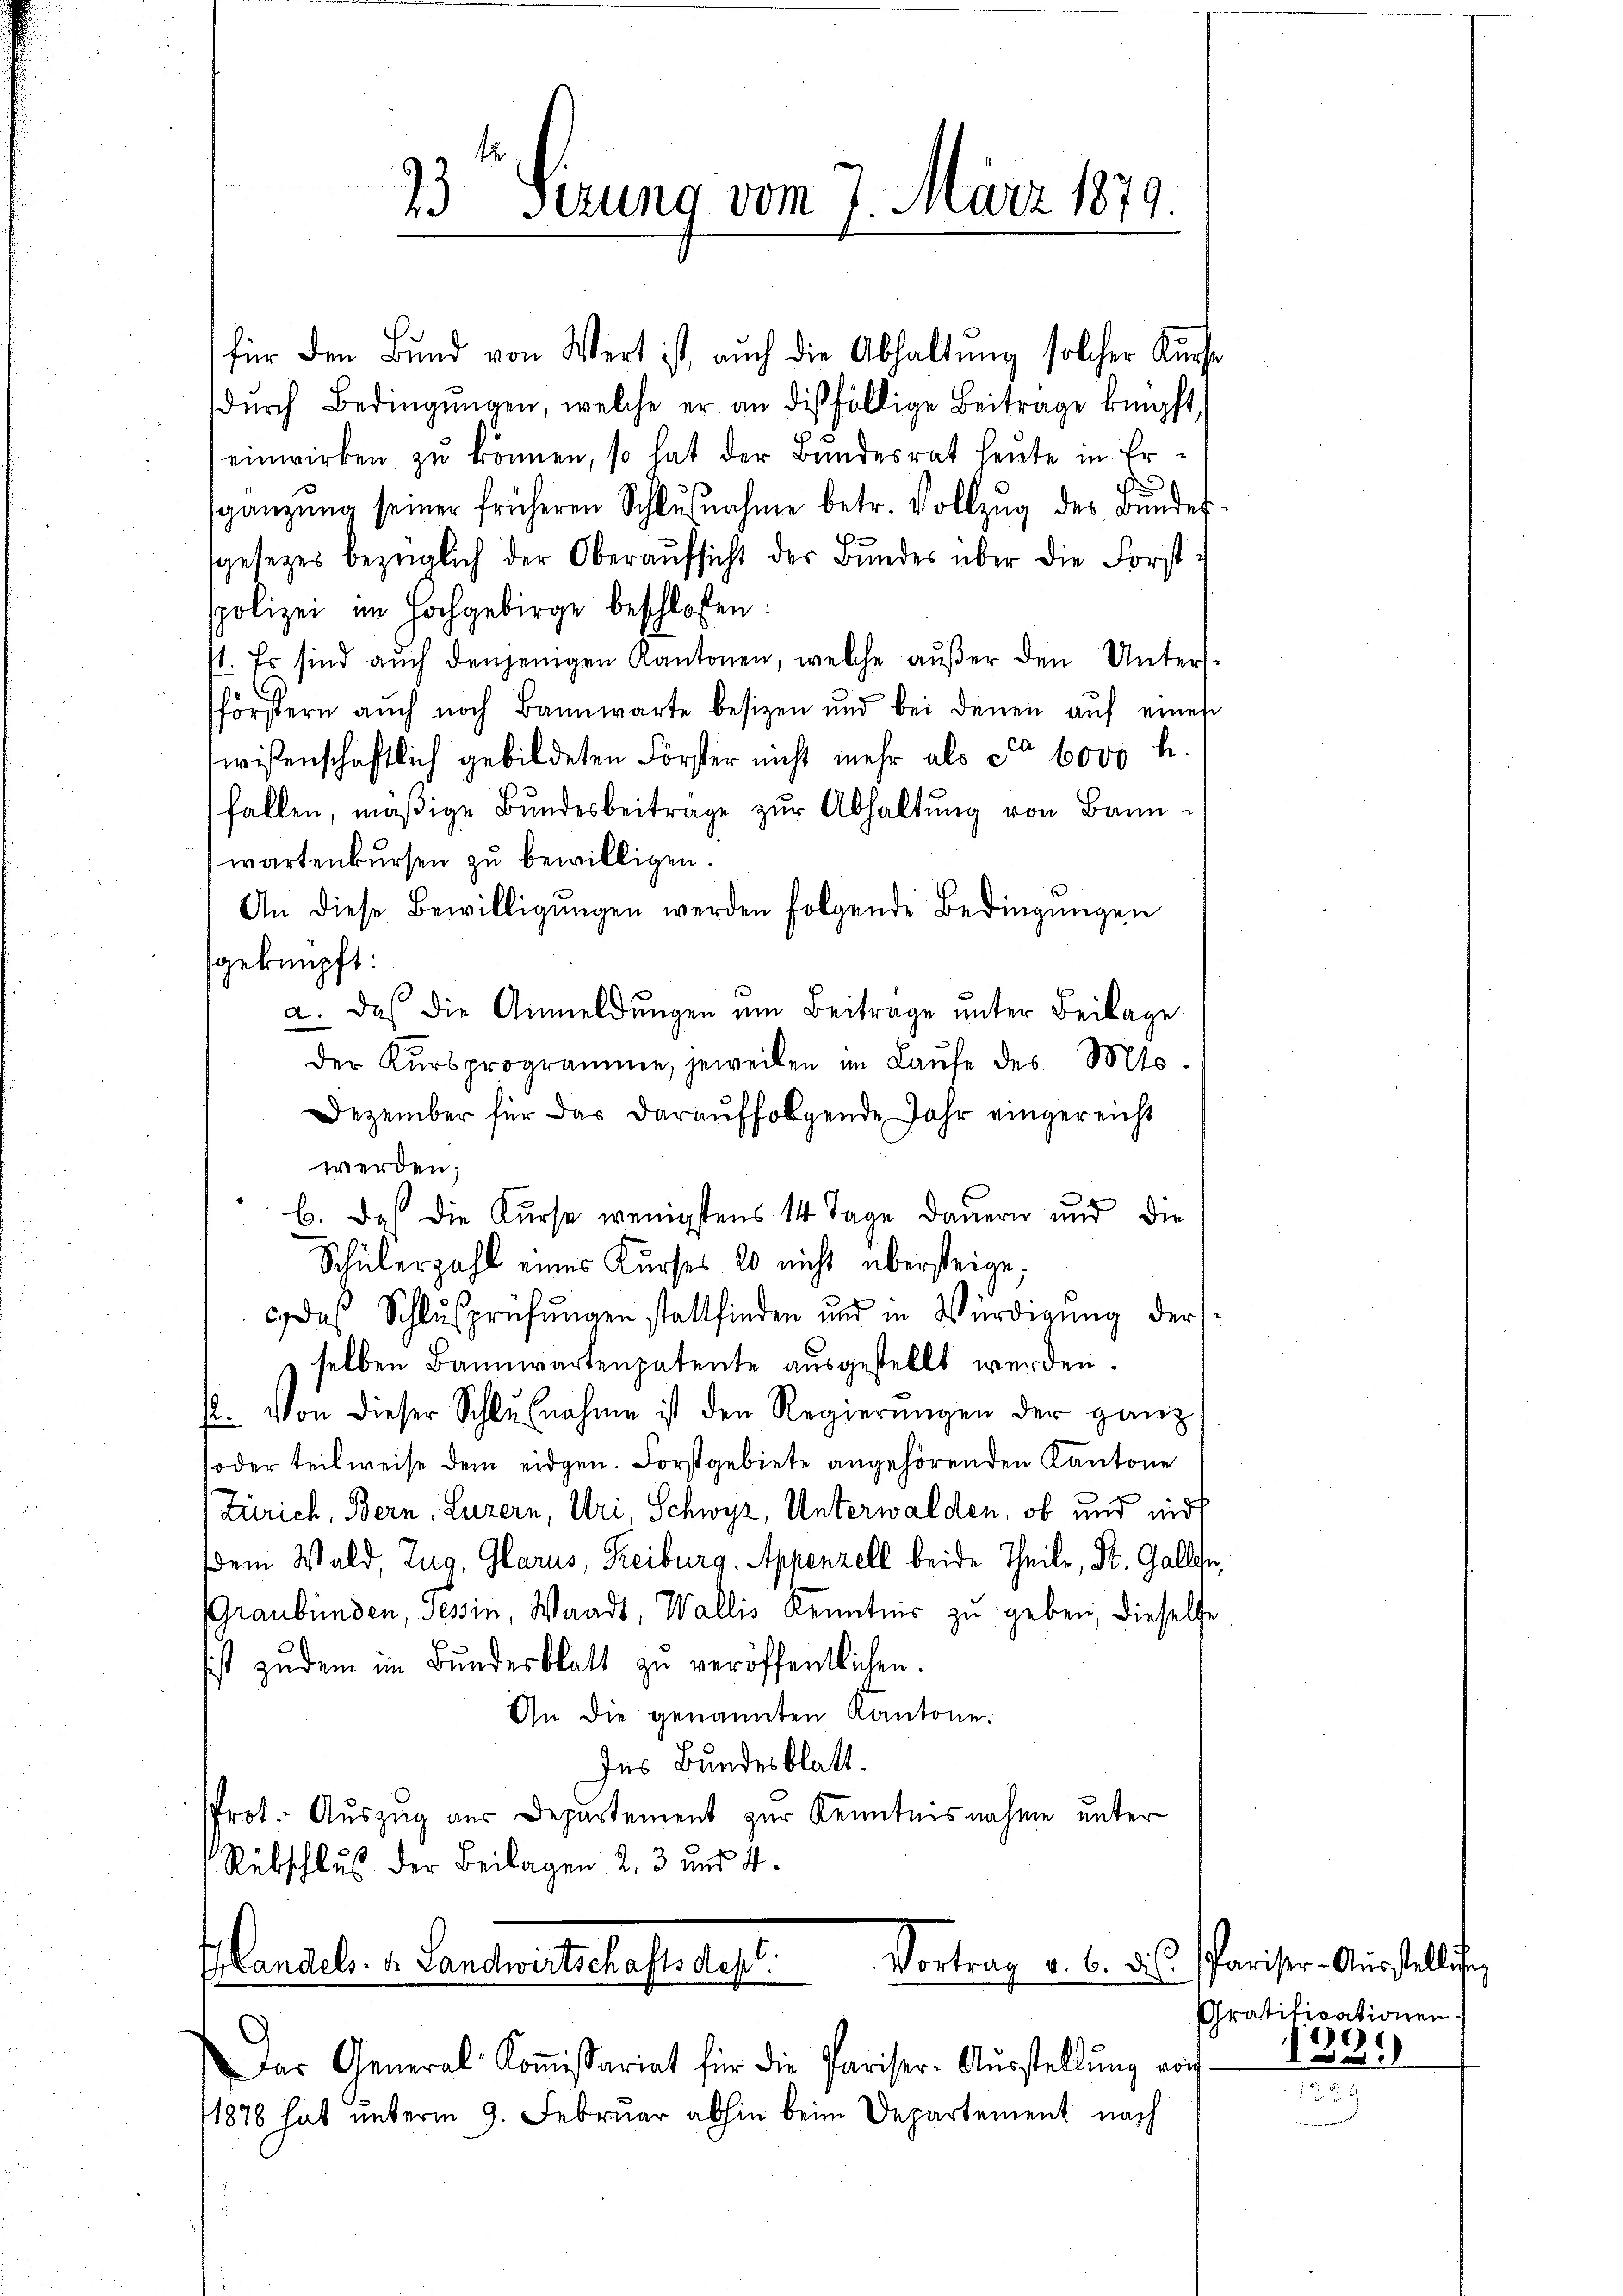
für den Bund von Wert ist, auch die Abhaltung solcher Kurse
dŭrch Bedingŭngen, welche er an dießfällige Beitrage knüpft,
einwirken zŭ können, so hat der Bundesrat heute in Ersgänzŭng seiner früheren Schlŭβnahme betr. Vollzŭg des Bŭndes
sgesetzes bezüglich der Oberaŭfsicht der Bŭndes über die Forst-
spolizei im Hochgebirge beschlossen:
1. Es sind auch denjenigen Kantonen, welche außer den Untersförstern auch noch Bannwarte besizen und bei denen aŭf eines
wissenschaftlich gebildeten Förster nicht mehr als ca 6000 h.
fallen, mäßige Bundesbeiträge zur Abhaltung von Bannwartenkursen zu bewilligen.
An diese Bewilligŭngen werden folgende Bedingungen
geknüpft:
a. Das die Anmeldungen am Beitrage unter Beilage
der Kursprogramme, jeweilen im Laŭfe des Mts.
Dezember für das darauffolgende Jahr eingereicht
werden;
b. Das die Kurse wenigstens 14 Tage dauern und die
Schülerzahl eines Kurses 20 nicht übersteige,
c. das Schlŭsprüfŭngen stattfinden und in Würdigung der
selben Bannwartenpatente ausgestellt werden.
12. Von dieser Schlŭβnahme ist den Regierŭngen der ganz
oder teilweise dem eidgen. Forstgebiete angehörenden Kantone
Zürich, Bern, Luzern, Uri, Schwyz, Unterwalden, ob und nidt
dem Wald, Zug, Glarus, Reiburg, Appenzell beide Theile, St. Gallen,
Graubünden, Tessin, Waadt, Wallis Kenntnis zu geben, dieselbe
ist zudem im Bundesblatt zu veröffentlichen.
An die genannten Kantone.
Ins Bundesblatt.
Prot. Auszug aus Departement zur Kenntnisnahme unter
Rübschluß der Beilagen 2, 3 und 4.

23 Serung vom 7. März 1879.

Vortrag v. 6. d.
I Landels- & Landwirtschaftsdep

Das General Koṁissariat für die Pariser-Aŭsstellŭng vor
11878 hat unterm 9. Februar abhin beim Departement nach

Pariser-Aŭsstelling
Gratificationen
)